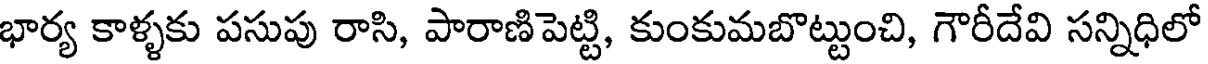
భార్య కాళ్ళకు పసుపు రాసి, పారాణిపెట్టి, కుంకుమబొట్టుంచి, గౌరీదేవి సన్నిధిలో